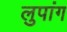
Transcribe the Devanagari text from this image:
लुपांग